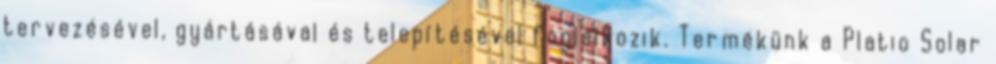
tervezésével, gyártásával és telepítésével foglalkozik. Termékünk a Platio Solar